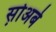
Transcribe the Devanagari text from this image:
स़ोअबे